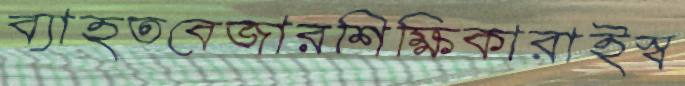
ব্যাহতবেজারশিক্ষিকারাইস্ব